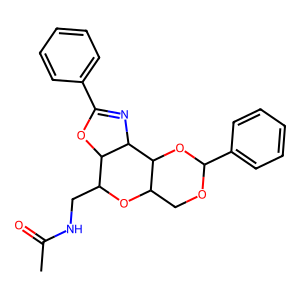
SMILES: CC(=O)NCC1OC2COC(c3ccccc3)OC2C2N=C(c3ccccc3)OC12
Inhibits HIV replication: No